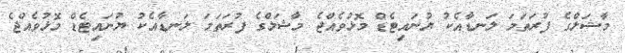
މާޝަލްގެ ފުރަތަމަ ލަނޑާއެކު ޔުނައިޓެޑް މޮޅުވެއްޖެ މާޝަލްގެ ފުރަތަމަ ލަނޑާއެކު ޔުނައިޓެޑް މޮޅުވެއްޖެ